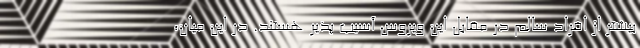
بیشتر از افراد سالم در مقابل این ویروس آسیب پذیر هستند. در این میان،